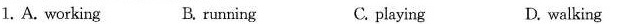
1. A. Working B. running C. playing D. walking